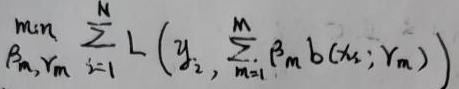
$\underset{\beta_m,\gamma_m}{\min}\sum_{i = 1}^{N}L\left(y_i,\sum_{m = 1}^{M}\beta_m b(x_i;\gamma_m)\right)$